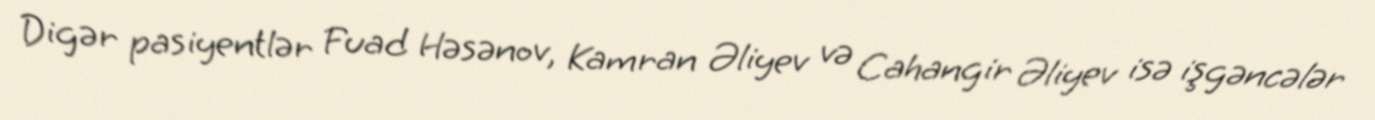
Digər pasiyentlər Fuad Həsənov, Kamran Əliyev və Cahangir Əliyev isə işgəncələr